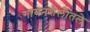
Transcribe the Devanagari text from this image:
गायनशैलीतले